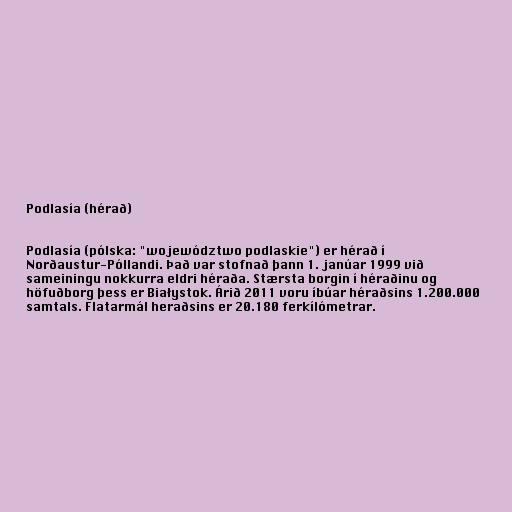
Podlasía (hérað)

Podlasía (pólska: "województwo podlaskie") er hérað í
Norðaustur-Póllandi. Það var stofnað þann 1. janúar 1999 við
sameiningu nokkurra eldri héraða. Stærsta borgin í héraðinu og
höfuðborg þess er Białystok. Árið 2011 voru íbúar héraðsins 1.200.000
samtals. Flatarmál heraðsins er 20.180 ferkílómetrar.